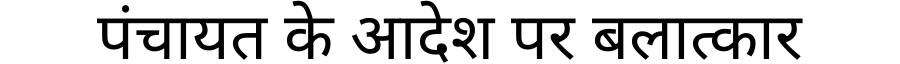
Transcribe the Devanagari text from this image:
पंचायत के आदेश पर बलात्कार